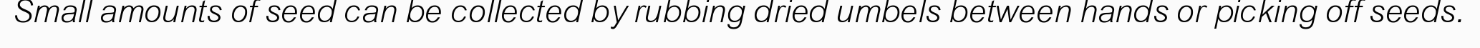
Small amounts of seed can be collected by rubbing dried umbels between hands or picking off seeds.